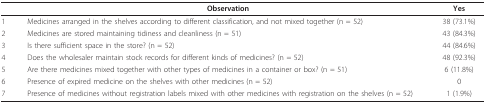
<table><thead><tr><td></td><td><b>Observation</b></td><td><b>Yes</b></td></tr></thead><tbody><tr><td>1</td><td>Medicines arranged in the shelves according to different classification, and not mixed together (n = 52)</td><td>38 (73.1%)</td></tr><tr><td>2</td><td>Medicines are stored maintaining tidiness and cleanliness (n = 51)</td><td>43 (84.3%)</td></tr><tr><td>3</td><td>Is there sufficient space in the store? (n = 52)</td><td>44 (84.6%)</td></tr><tr><td>4</td><td>Does the wholesaler maintain stock records for different kinds of medicines? (n = 52)</td><td>48 (92.3%)</td></tr><tr><td>5</td><td>Are there medicines mixed together with other types of medicines in a container or box? (n = 51)</td><td>6 (11.8%)</td></tr><tr><td>6</td><td>Presence of expired medicine on the shelves with other medicines (n = 52)</td><td>0</td></tr><tr><td>7</td><td>Presence of medicines without registration labels mixed with other medicines with registration on the shelves (n = 52)</td><td>1 (1.9%)</td></tr></tbody></table>